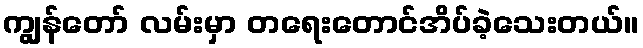
ကျွန်တော် လမ်းမှာ တရေးတောင်အိပ်ခဲ့သေးတယ်။